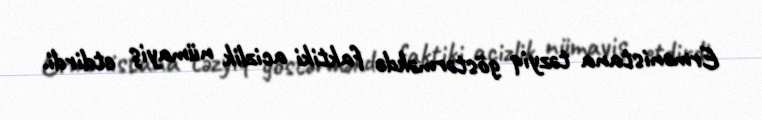
Ermənistana təzyiq göstərməkdə faktiki acizlik nümayiş etdirdi.